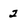
Character: 2